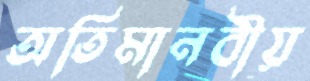
অতিমানবীয়